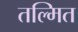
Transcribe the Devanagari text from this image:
तल्मित